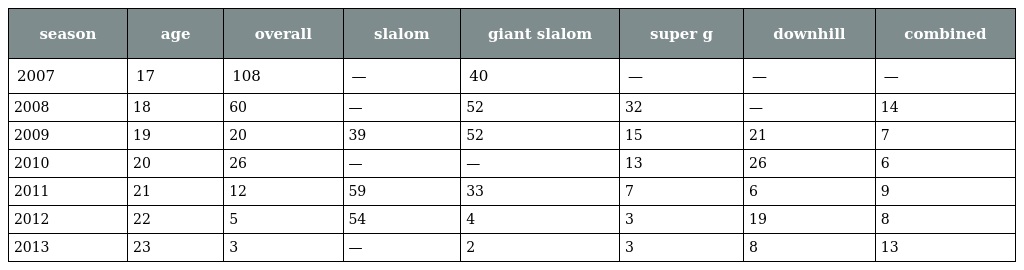
| season | age | overall | slalom | giant slalom | super g | downhill | combined |
 | --- | --- | --- | --- | --- | --- | --- | --- |
 | 2007 | 17 | 108 | — | 40 | — | — | — |
 | 2008 | 18 | 60 | — | 52 | 32 | — | 14 |
 | 2009 | 19 | 20 | 39 | 52 | 15 | 21 | 7 |
 | 2010 | 20 | 26 | — | — | 13 | 26 | 6 |
 | 2011 | 21 | 12 | 59 | 33 | 7 | 6 | 9 |
 | 2012 | 22 | 5 | 54 | 4 | 3 | 19 | 8 |
 | 2013 | 23 | 3 | — | 2 | 3 | 8 | 13 |